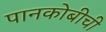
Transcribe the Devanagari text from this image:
पानकोबीची